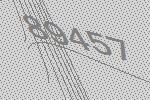
89457